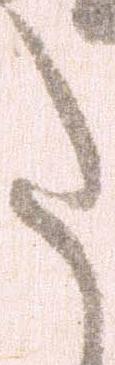
た